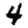
Digit: 4